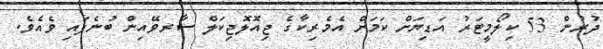
ދުރުން 53 ކިލޯމީޓަރު އަޑިޔަށް ކަމަށް އެމެރިކާގެ ޖިއޮލޮޖިކަލް ސާރވޭއިން ބުނެފައި ވެއެވެ.